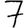
Digit: 7